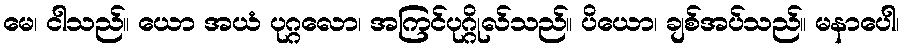
မေ၊ ငါသည်။ ယော အယံ ပုဂ္ဂလော၊ အကြင်ပုဂ္ဂိုလ်သည်။ ပိယော၊ ချစ်အပ်သည်။ မနာပေါ၊